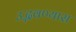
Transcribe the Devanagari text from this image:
उद्भवण्यास